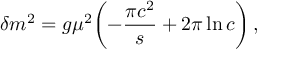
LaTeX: \delta m ^ { 2 } = g \mu ^ { 2 } \biggl ( - \frac { \pi c ^ { 2 } } { s } + 2 \pi \ln c \biggr ) \, ,